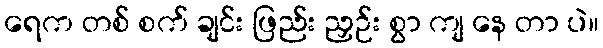
ရေက တစ် စက် ချင်း ဖြည်း ညှဉ်း စွာ ကျ နေ တာ ပဲ။